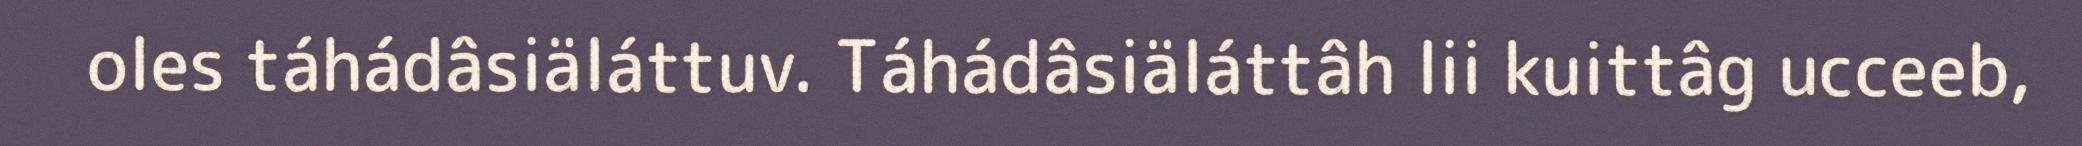
oles táhádâsiäláttuv. Táhádâsiäláttâh lii kuittâg ucceeb,